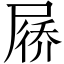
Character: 𪨗